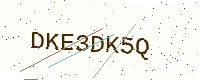
Text: DKE3DK5Q